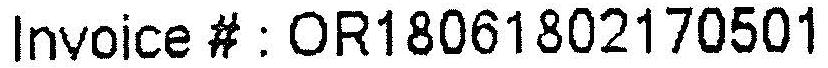
INVOICE #: OR18061802170501